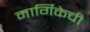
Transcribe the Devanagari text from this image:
मार्गिकेची